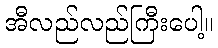
အီလည်လည်ကြီးပေါ့။